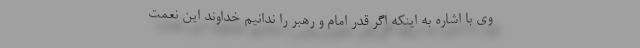
وی با اشاره به اینکه اگر قدر امام و رهبر را ندانیم خداوند این نعمت